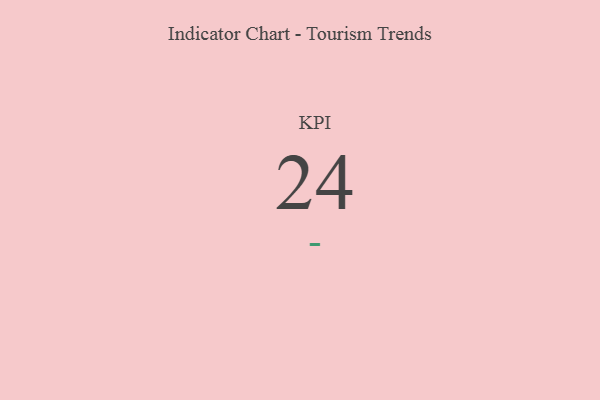
{"axis": {"x": "KPI", "y": "Value"}, "legend": [""], "data": [{"x": "KPI", "y": 24, "type": ""}]}